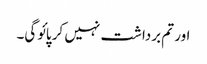
اور تم برداشت نہیں کر پائوگی۔